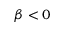
\beta < 0